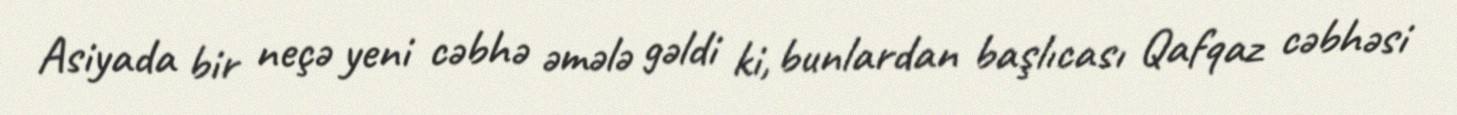
Asiyada bir neçə yeni cəbhə əmələ gəldi ki, bunlardan başlıcası Qafqaz cəbhəsi